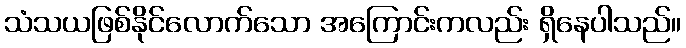
သံသယဖြစ်နိုင်လောက်သော အကြောင်းကလည်း ရှိနေပါသည်။